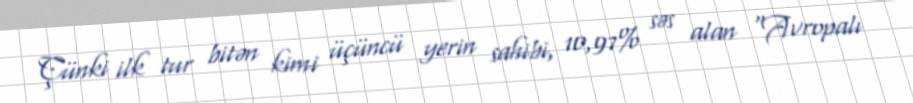
Çünki ilk tur bitən kimi üçüncü yerin sahibi, 10,97% səs alan “Avropalı